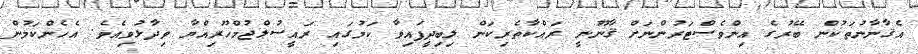
އެޤާނާނުތަކުން ބޭރުގެ އިންވެސްޓަރުންނަށް ޤާނޫނީ ރައްކާތެރިކަން ލިބިދީފައިވާ ކަމުގައި ރައީސުލްޖުމްހޫރިއްޔާ ވިދާޅުވިއެވެ. އެހެންކަމުން